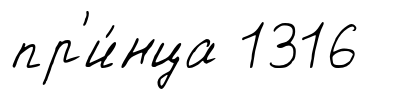
пр'и́нца 1316